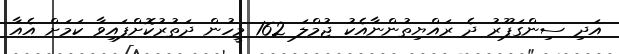
އަދި ސިންގަޕޫރު ދެ ރައްޔިތުންނާއެކު ޖުމްލަ 162 މީހުން ދަތުރުކޮށްފައިވާ ކަމަށް އެއާ